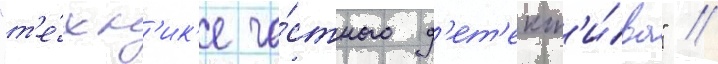
"т'е́хн'ик'е ча́стного д'ет'ект'и́ва" /